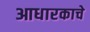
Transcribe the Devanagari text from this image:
आधारकाचे